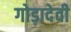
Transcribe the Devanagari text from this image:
गोड़ादेवी